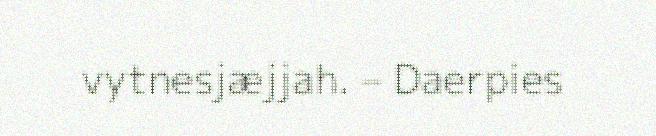
vytnesjæjjah. – Daerpies